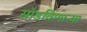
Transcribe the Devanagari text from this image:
सांडविणाऱ्या